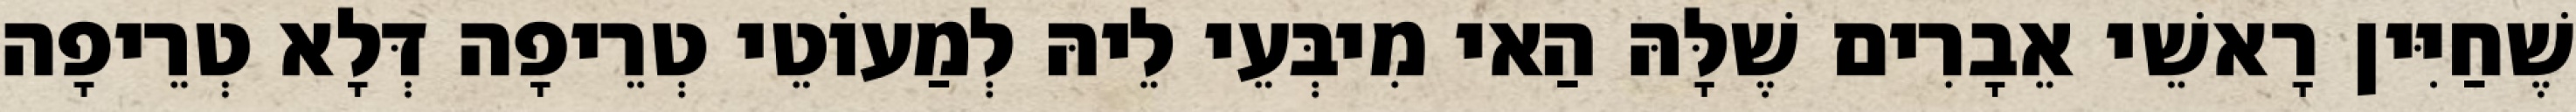
שֶׁחַיִּין רָאשֵׁי אֵבָרִים שֶׁלָּהּ הַאי מִיבְּעֵי לֵיהּ לְמַעוֹטֵי טְרֵיפָה דְּלָא טְרֵיפָה